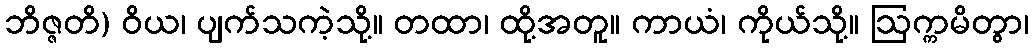
ဘိဇ္ဇတိ) ဝိယ၊ ပျက်သကဲ့သို့။ တထာ၊ ထို့အတူ။ ကာယံ၊ ကိုယ်သို့။ ဩက္ကမိတွာ၊